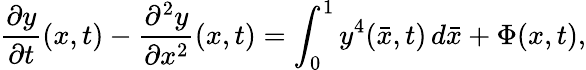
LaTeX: \frac{\partial y}{\partial t}(x,t)-\frac{\partial^{2}y}{\partial x^{2}}(x,t)=\int_{0}^{1}y^{4}(\bar{x},t)\, d\bar{x}+\Phi(x,t),